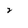
Character: 2